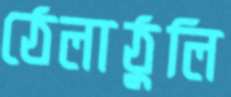
ঠেলাঠুলি